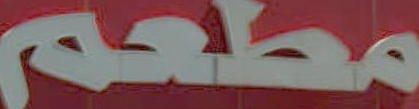
مطعم